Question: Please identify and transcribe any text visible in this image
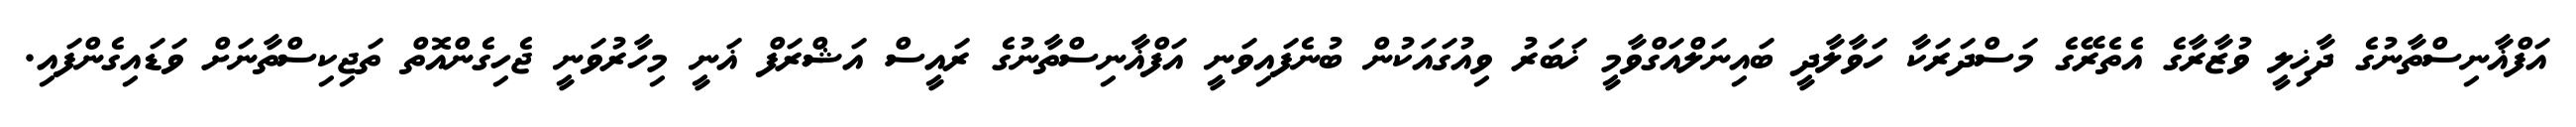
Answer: އަފްޣާނިސްތާނުގެ ދާޚިލީ ވުޒާރާގެ އެތެރޭގެ މަސްދަރަކާ ހަވާލާދީ ބައިނަލްއަގްވާމީ ޚަބަރު ވިއުގައަކުން ބުނެފައިވަނީ އަފްޣާނިސްތާނުގެ ރައީސް އަޝްރަފް ޣަނީ މިހާރުވަނީ ޖެހިގެންއޮތް ތަޖިކިސްތާނަށް ވަޑައިގެންފައި.